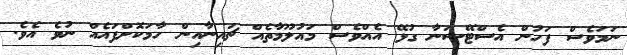
ނަމަވެސް ފަހުން އެސްޓޭޝަނާ ގުޅޭ އެއްވެސް މައުލޫމާތެއް ޗައިނާއިން ހާމަކޮށްފައެއް ނުވެ އެވެ.